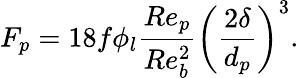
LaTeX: F_{p}=18f\phi_{l}\frac{Re_{p}}{Re_{b}^{2}}\left(\frac{2\delta}{d_{p}}\right)^{3}.